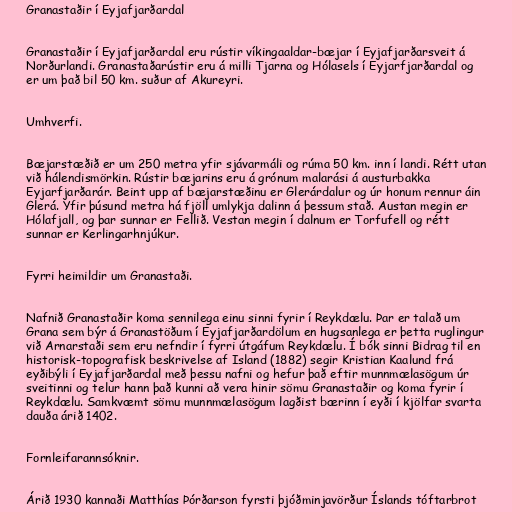
Granastaðir í Eyjafjarðardal

Granastaðir í Eyjafjarðardal eru rústir víkingaaldar-bæjar í Eyjafjarðarsveit á
Norðurlandi. Granastaðarústir eru á milli Tjarna og Hólasels í Eyjarfjarðardal og
er um það bil 50 km. suður af Akureyri.

Umhverfi.

Bæjarstæðið er um 250 metra yfir sjávarmáli og rúma 50 km. inn í landi. Rétt utan
við hálendismörkin. Rústir bæjarins eru á grónum malarási á austurbakka
Eyjarfjarðarár. Beint upp af bæjarstæðinu er Glerárdalur og úr honum rennur áin
Glerá. Yfir þúsund metra há fjöll umlykja dalinn á þessum stað. Austan megin er
Hólafjall, og þar sunnar er Fellið. Vestan megin í dalnum er Torfufell og rétt
sunnar er Kerlingarhnjúkur.

Fyrri heimildir um Granastaði.

Nafnið Granastaðir koma sennilega einu sinni fyrir í Reykdælu. Þar er talað um
Grana sem býr á Granastöðum í Eyjafjarðardölum en hugsanlega er þetta ruglingur
við Arnarstaði sem eru nefndir í fyrri útgáfum Reykdælu. Í bók sinni Bidrag til en
historisk-topografisk beskrivelse af Island (1882) segir Kristian Kaalund frá
eyðibýli í Eyjafjarðardal með þessu nafni og hefur það eftir munnmælasögum úr
sveitinni og telur hann það kunni að vera hinir sömu Granastaðir og koma fyrir í
Reykdælu. Samkvæmt sömu munnmælasögum lagðist bærinn í eyði í kjölfar svarta
dauða árið 1402.

Fornleifarannsóknir.

Árið 1930 kannaði Matthías Þórðarson fyrsti þjóðminjavörður Íslands tóftarbrot